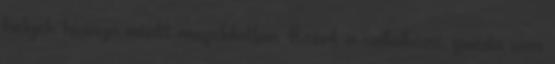
helyek hiánya miatt megoldatlan. Ezért a vállalkozó, gazda sem